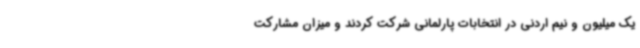
یک میلیون و نیم اردنی در انتخابات پارلمانی شرکت کردند و میزان مشارکت